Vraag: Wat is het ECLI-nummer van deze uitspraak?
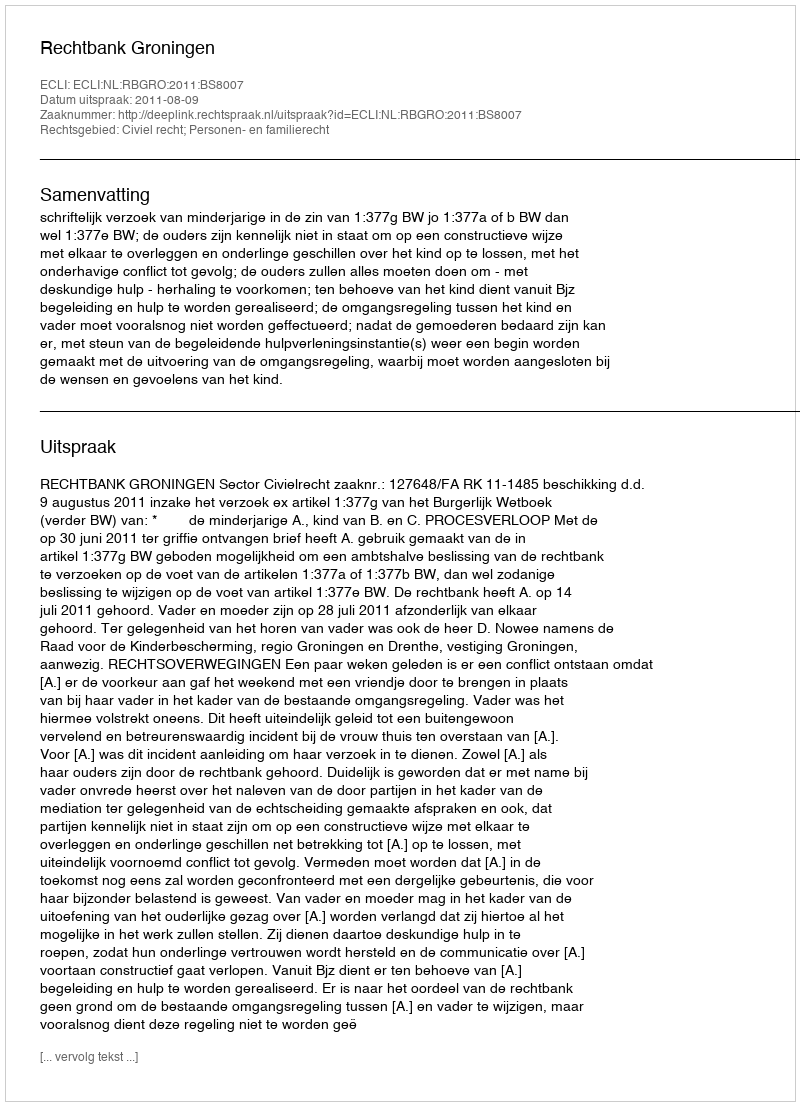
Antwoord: ECLI:NL:RBGRO:2011:BS8007